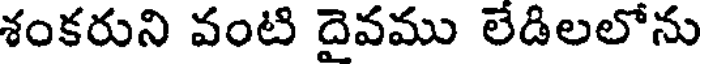
శంకరుని వంటి దైవము లేడిలలోను